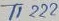
Text: T1222